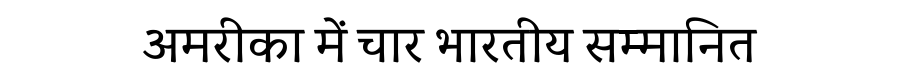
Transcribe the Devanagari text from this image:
अमरीका में चार भारतीय सम्मानित